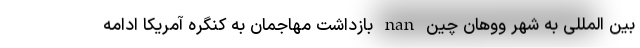
بین المللی به شهر ووهان چین nan بازداشت مهاجمان به کنگره آمریکا ادامه